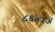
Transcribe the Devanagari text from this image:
८६०३अ